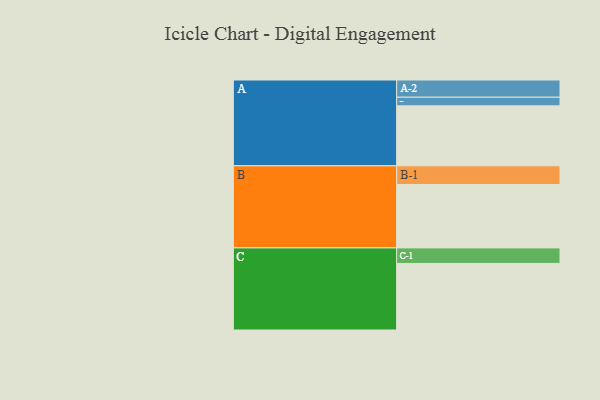
{"axis": {"x": "Segment", "y": "Value"}, "legend": ["", "A", "B", "C"], "data": [{"x": "A", "y": 533, "type": ""}, {"x": "B", "y": 564, "type": ""}, {"x": "C", "y": 592, "type": ""}, {"x": "A-1", "y": 77, "type": "A"}, {"x": "A-2", "y": 153, "type": "A"}, {"x": "B-1", "y": 166, "type": "B"}, {"x": "C-1", "y": 138, "type": "C"}]}